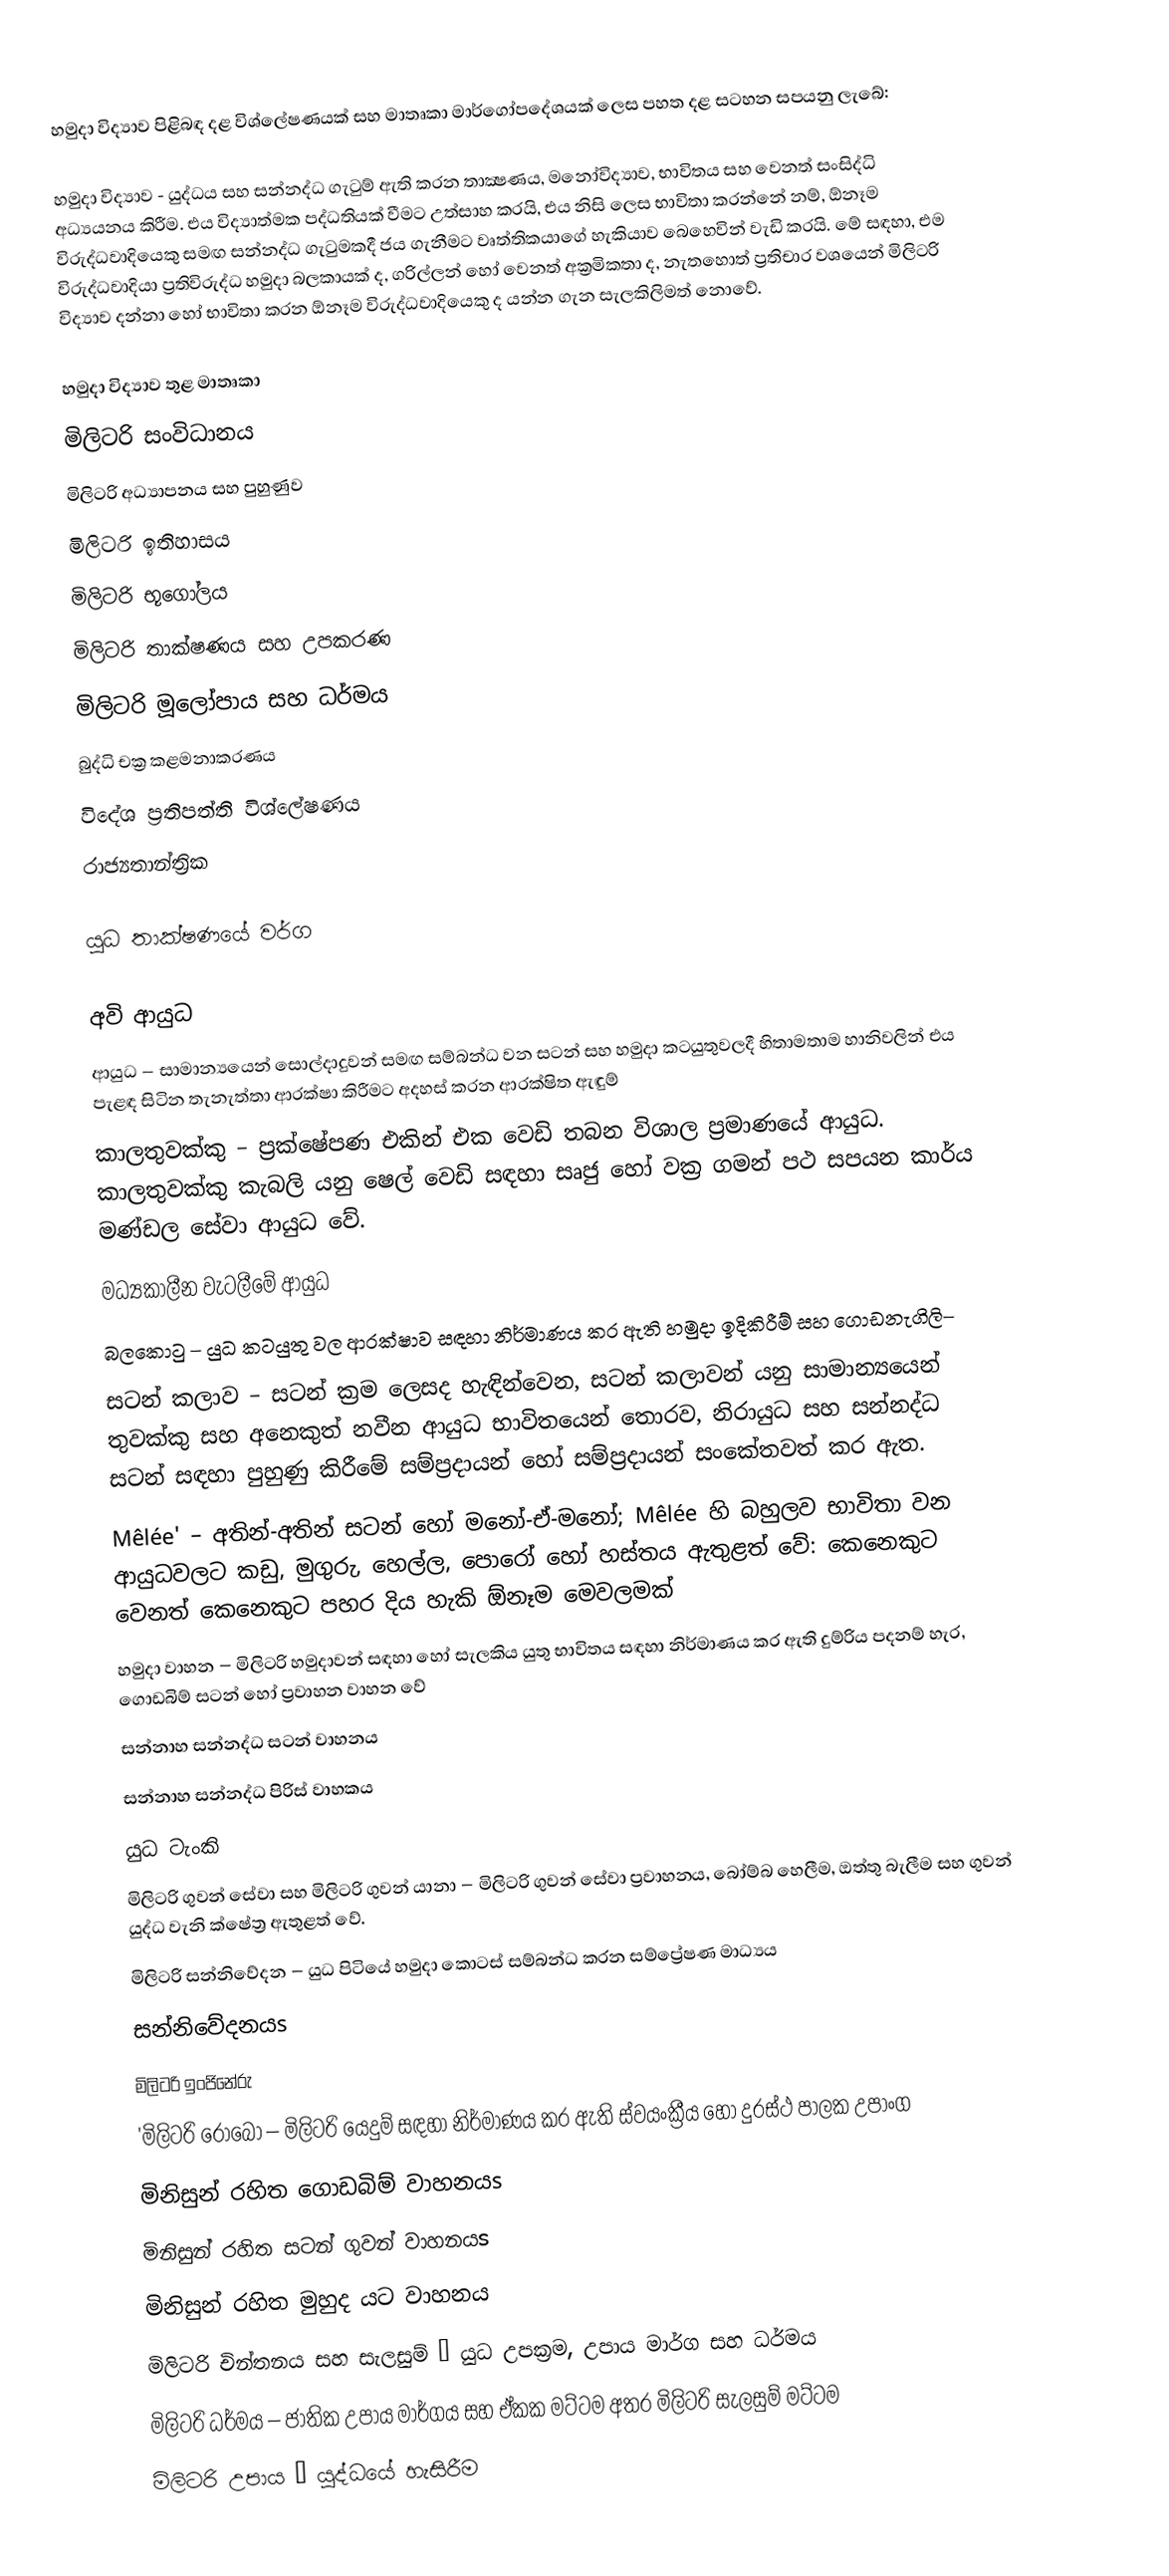
හමුදා විද්‍යාව පිළිබඳ දළ විශ්ලේෂණයක් සහ මාතෘකා මාර්ගෝපදේශයක් ලෙස පහත දළ සටහන සපයනු ලැබේ:

හමුදා විද්‍යාව - යුද්ධය සහ සන්නද්ධ ගැටුම් ඇති කරන තාක්‍ෂණය, මනෝවිද්‍යාව, භාවිතය සහ වෙනත් සංසිද්ධි අධ්‍යයනය කිරීම. එය විද්‍යාත්මක පද්ධතියක් වීමට උත්සාහ කරයි, එය නිසි ලෙස භාවිතා කරන්නේ නම්, ඕනෑම විරුද්ධවාදියෙකු සමඟ සන්නද්ධ ගැටුමකදී ජය ගැනීමට වෘත්තිකයාගේ හැකියාව බෙහෙවින් වැඩි කරයි. මේ සඳහා, එම විරුද්ධවාදියා ප්‍රතිවිරුද්ධ හමුදා බලකායක් ද, ගරිල්ලන් හෝ වෙනත් අක්‍රමිකතා ද, නැතහොත් ප්‍රතිචාර වශයෙන් මිලිටරි විද්‍යාව දන්නා හෝ භාවිතා කරන ඕනෑම විරුද්ධවාදියෙකු ද යන්න ගැන සැලකිලිමත් නොවේ.

හමුදා විද්‍යාව තුළ මාතෘකා
 මිලිටරි සංවිධානය
 මිලිටරි අධ්‍යාපනය සහ පුහුණුව
 මිලිටරි ඉතිහාසය
 මිලිටරි භූගෝලය
 මිලිටරි තාක්ෂණය සහ උපකරණ
 මිලිටරි මූලෝපාය සහ ධර්මය
 බුද්ධි චක්‍ර කළමනාකරණය
 විදේශ ප්‍රතිපත්ති විශ්ලේෂණය
 රාජ්‍යතාන්ත්‍රික

යුධ තාක්ෂණයේ වර්ග

අවි ආයුධ
 ආයුධ – සාමාන්‍යයෙන් සොල්දාදුවන් සමඟ සම්බන්ධ වන සටන් සහ හමුදා කටයුතුවලදී හිතාමතාම හානිවලින් එය පැළඳ සිටින තැනැත්තා ආරක්ෂා කිරීමට අදහස් කරන ආරක්ෂිත ඇඳුම්
 කාලතුවක්කු – ප්‍රක්ෂේපණ එකින් එක වෙඩි තබන විශාල ප්‍රමාණයේ ආයුධ. කාලතුවක්කු කැබලි යනු ෂෙල් වෙඩි සඳහා සෘජු හෝ වක්‍ර ගමන් පථ සපයන කාර්ය මණ්ඩල සේවා ආයුධ වේ.
 මධ්‍යකාලීන වැටලීමේ ආයුධ
 බලකොටු – යුධ කටයුතු වල ආරක්ෂාව සඳහා නිර්මාණය කර ඇති හමුදා ඉදිකිරීම් සහ ගොඩනැගිලි–
 සටන් කලාව – සටන් ක්‍රම ලෙසද හැඳින්වෙන, සටන් කලාවන් යනු සාමාන්‍යයෙන් තුවක්කු සහ අනෙකුත් නවීන ආයුධ භාවිතයෙන් තොරව, නිරායුධ සහ සන්නද්ධ සටන් සඳහා පුහුණු කිරීමේ සම්ප්‍රදායන් හෝ සම්ප්‍රදායන් සංකේතවත් කර ඇත.
 Mêlée' – අතින්-අතින් සටන් හෝ මනෝ-ඒ-මනෝ; Mêlée හි බහුලව භාවිතා වන ආයුධවලට කඩු, මුගුරු, හෙල්ල, පොරෝ හෝ හස්තය ඇතුළත් වේ: කෙනෙකුට වෙනත් කෙනෙකුට පහර දිය හැකි ඕනෑම මෙවලමක්
 හමුදා වාහන – මිලිටරි හමුදාවන් සඳහා හෝ සැලකිය යුතු භාවිතය සඳහා නිර්මාණය කර ඇති දුම්රිය පදනම් හැර, ගොඩබිම් සටන් හෝ ප්‍රවාහන වාහන වේ
 සන්නාහ සන්නද්ධ සටන් වාහනය
 සන්නාහ සන්නද්ධ පිරිස් වාහකය
 යුධ ටැංකි
 මිලිටරි ගුවන් සේවා සහ මිලිටරි ගුවන් යානා – මිලිටරි ගුවන් සේවා ප්‍රවාහනය, බෝම්බ හෙලීම, ඔත්තු බැලීම සහ ගුවන් යුද්ධ වැනි ක්ෂේත්‍ර ඇතුළත් වේ.
 මිලිටරි සන්නිවේදන – යුධ පිටියේ හමුදා කොටස් සම්බන්ධ කරන සම්ප්‍රේෂණ මාධ්‍යය
සන්නිවේදනයs
මිලිටරි ඉංජිනේරු
 'මිලිටරි රොබෝ – මිලිටරි යෙදුම් සඳහා නිර්මාණය කර ඇති ස්වයංක්‍රීය හෝ දුරස්ථ පාලක උපාංග
මිනිසුන් රහිත ගොඩබිම් වාහනයs
මිනිසුන් රහිත සටන් ගුවන් වාහනයs
මිනිසුන් රහිත මුහුද යට වාහනය
 මිලිටරි චින්තනය සහ සැලසුම් – යුධ උපක්‍රම, උපාය මාර්ග සහ ධර්මය
 මිලිටරි ධර්මය – ජාතික උපාය මාර්ගය සහ ඒකක මට්ටම අතර මිලිටරි සැලසුම් මට්ටම
 මිලිටරි උපාය – යුද්ධයේ හැසිරීම